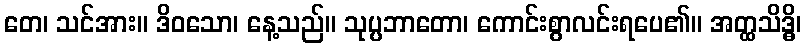
တေ၊ သင်အား။ ဒိဝသော၊ နေ့သည်။ သုပ္ပဘာတော၊ ကောင်းစွာလင်းရပေ၏။ အတ္ထသိဒ္ဓိ၊